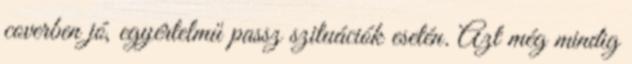
coverben jó, egyértelmű passz szituációk esetén. Azt még mindig